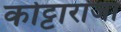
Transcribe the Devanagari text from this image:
कोट्टाराजा